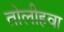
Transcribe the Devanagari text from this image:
तोलीहवा